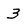
Character: 3